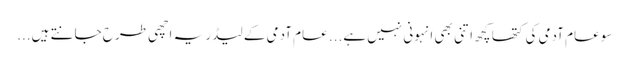
سو عام آدمی کی کتھا کچھ اتنی بھی انہونی نہیں ہے... عام آدمی کے لیڈر یہ اچھی طرح جانتے ہیں...